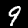
Digit: 9